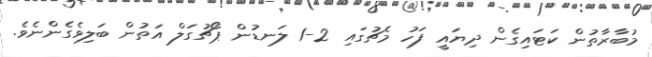
މުބާރާތުން ކަޓައިގެން ދިޔައީ ފަހު މެޗުގައި 2-1 ލަނޑުން ޕޯޗުގަލް އަތުން ބަލިވެގެންނެވެ.